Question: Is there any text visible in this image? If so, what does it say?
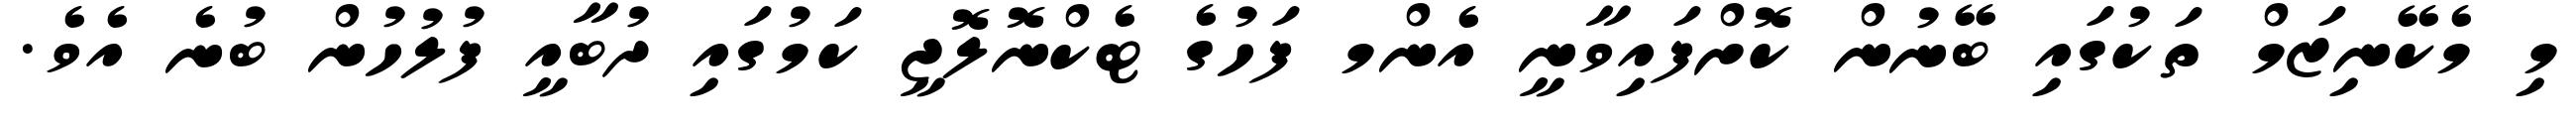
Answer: މި މެކޭނިޒަމް ތަކުގައި ބޭނުން ކޮށްފައިވާނީ އެންމ ފަހުގެ ޓެކްނޮލޮޖީ ކަމުގައި ދުބާއީ ފުލުހުން ބުނެ އެވެ.